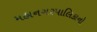
મહાનગરપાલિકાનો